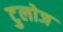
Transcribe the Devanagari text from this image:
टुलोज